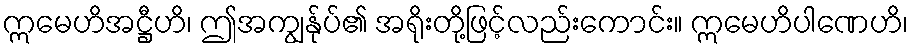
ဣမေဟိအဋ္ဌီဟိ၊ ဤအကျွန်ုပ်၏ အရိုးတို့ဖြင့်လည်းကောင်း။ ဣမေဟိပါဏေဟိ၊